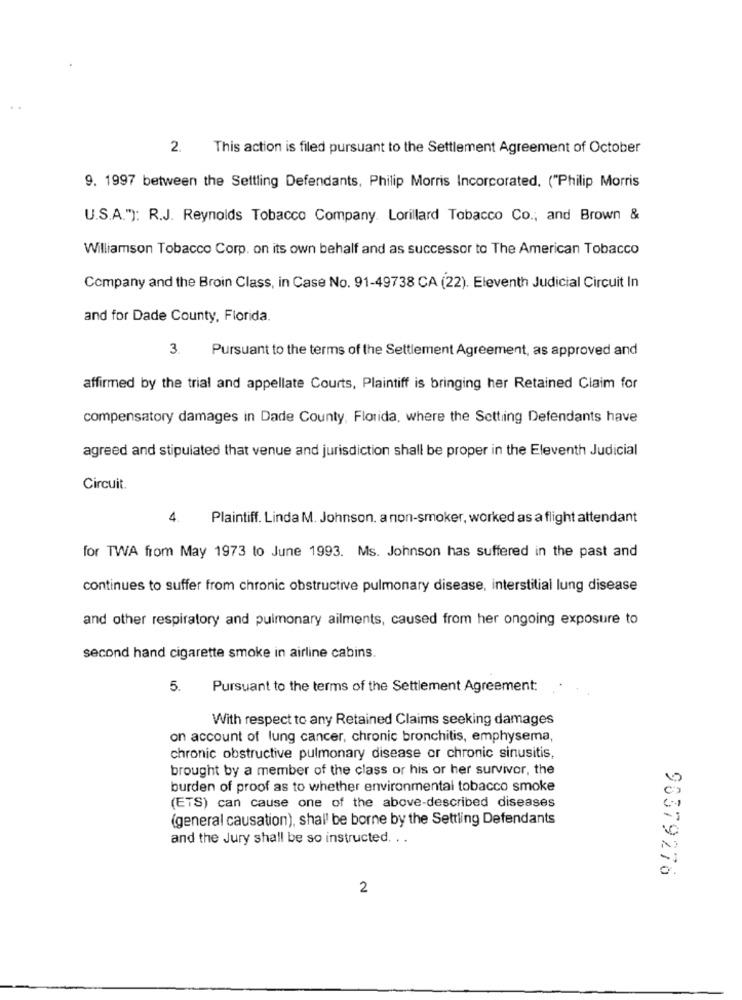
2.
This action is filed pursuant to the Settlement Agreement of October
9. 1997 between the Settling Defendants, Philip Morris Incorcorated. ("Philip Morris
U.S.A."): R.J. Reynolds Tobacco Company. Lorillard Tobacco Co ., and Brown &
Williamson Tobacco Corp. on its own behalf and as successor to The American Tobacco
Company and the Broin Class, in Case No. 91-49738 CA (22). Eleventh Judicial Circuit In
and for Dade County, Florida.
3. Pursuant to the terms of the Settlement Agreement, as approved and
affirmed by the trial and appellate Courts, Plaintiff is bringing her Retained Claim for
compensatory damages in Dade County, Florida, where the Setting Defendants have
agreed and stipulated that venue and jurisdiction shall be proper in the Eleventh Judicial
Circuit.
4.
Plaintiff. Linda M. Johnson. a non-smoker, worked as a flight attendant
for TWA from May 1973 to June 1993. Ms. Johnson has suffered in the past and
continues to suffer from chronic obstructive pulmonary disease, interstitial lung disease
and other respiratory and pulmonary ailments, caused from her ongoing exposure to
second hand cigarette smoke in airline cabins.
5.
Pursuant to the terms of the Settlement Agreement:
With respect to any Retained Claims seeking damages
on account of lung cancer, chronic bronchitis, emphysema,
chronic obstructive pulmonary disease or chronic sinusitis,
brought by a member of the class or his or her survivor, the
burden of proof as to whether environmental tobacco smoke
(ETS) can cause one of the above-described diseases
(general causation), shall be borne by the Settling Defendants
and the Jury shall be so instructed. . .
96379276
2